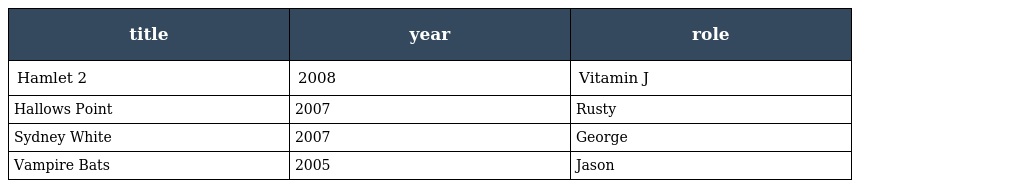
| title | year | role |
 | --- | --- | --- |
 | Hamlet 2 | 2008 | Vitamin J |
 | Hallows Point | 2007 | Rusty |
 | Sydney White | 2007 | George |
 | Vampire Bats | 2005 | Jason |